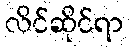
လိင်ဆိုင်ရာ